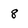
Character: 8